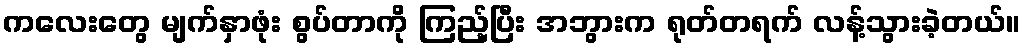
ကလေးတွေ မျက်နှာဖုံး စွပ်တာကို ကြည့်ပြီး အဘွားက ရုတ်တရက် လန့်သွားခဲ့တယ်။